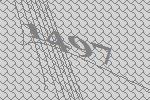
1497